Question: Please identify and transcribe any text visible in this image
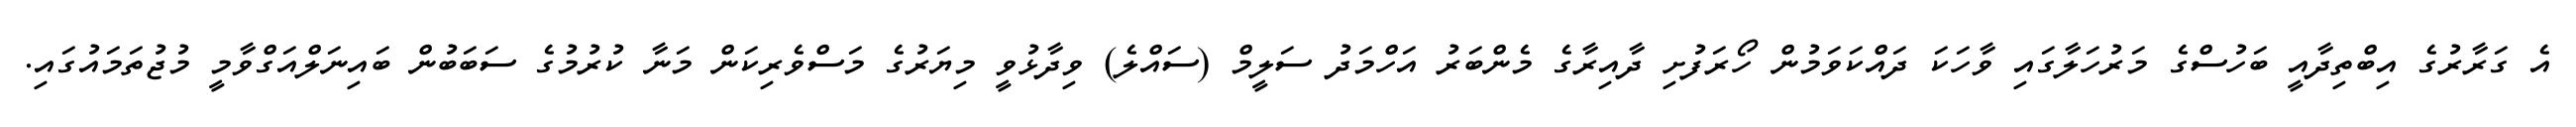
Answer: އެ ގަރާރުގެ އިބްތިދާއީ ބަހުސްގެ މަރުހަލާގައި ވާހަކަ ދައްކަވަމުން ހޯރަފުށި ދާއިރާގެ މެންބަރު އަހްމަދު ސަލީމް (ސައްލެ) ވިދާޅުވީ މިޔަރުގެ މަސްވެރިކަން މަނާ ކުރުމުގެ ސަބަބުން ބައިނަލްއަގްވާމީ މުޖުތަމައުގައި.